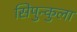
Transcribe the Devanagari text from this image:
सिपुन्कुला